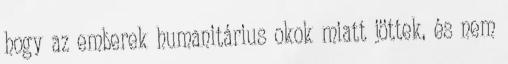
hogy az emberek humanitárius okok miatt jöttek, és nem